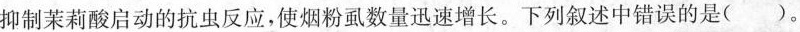
抑制茉莉酸启动的抗虫反应，使烟粉虱数量迅速增长。下列叙述中错误的是( )。